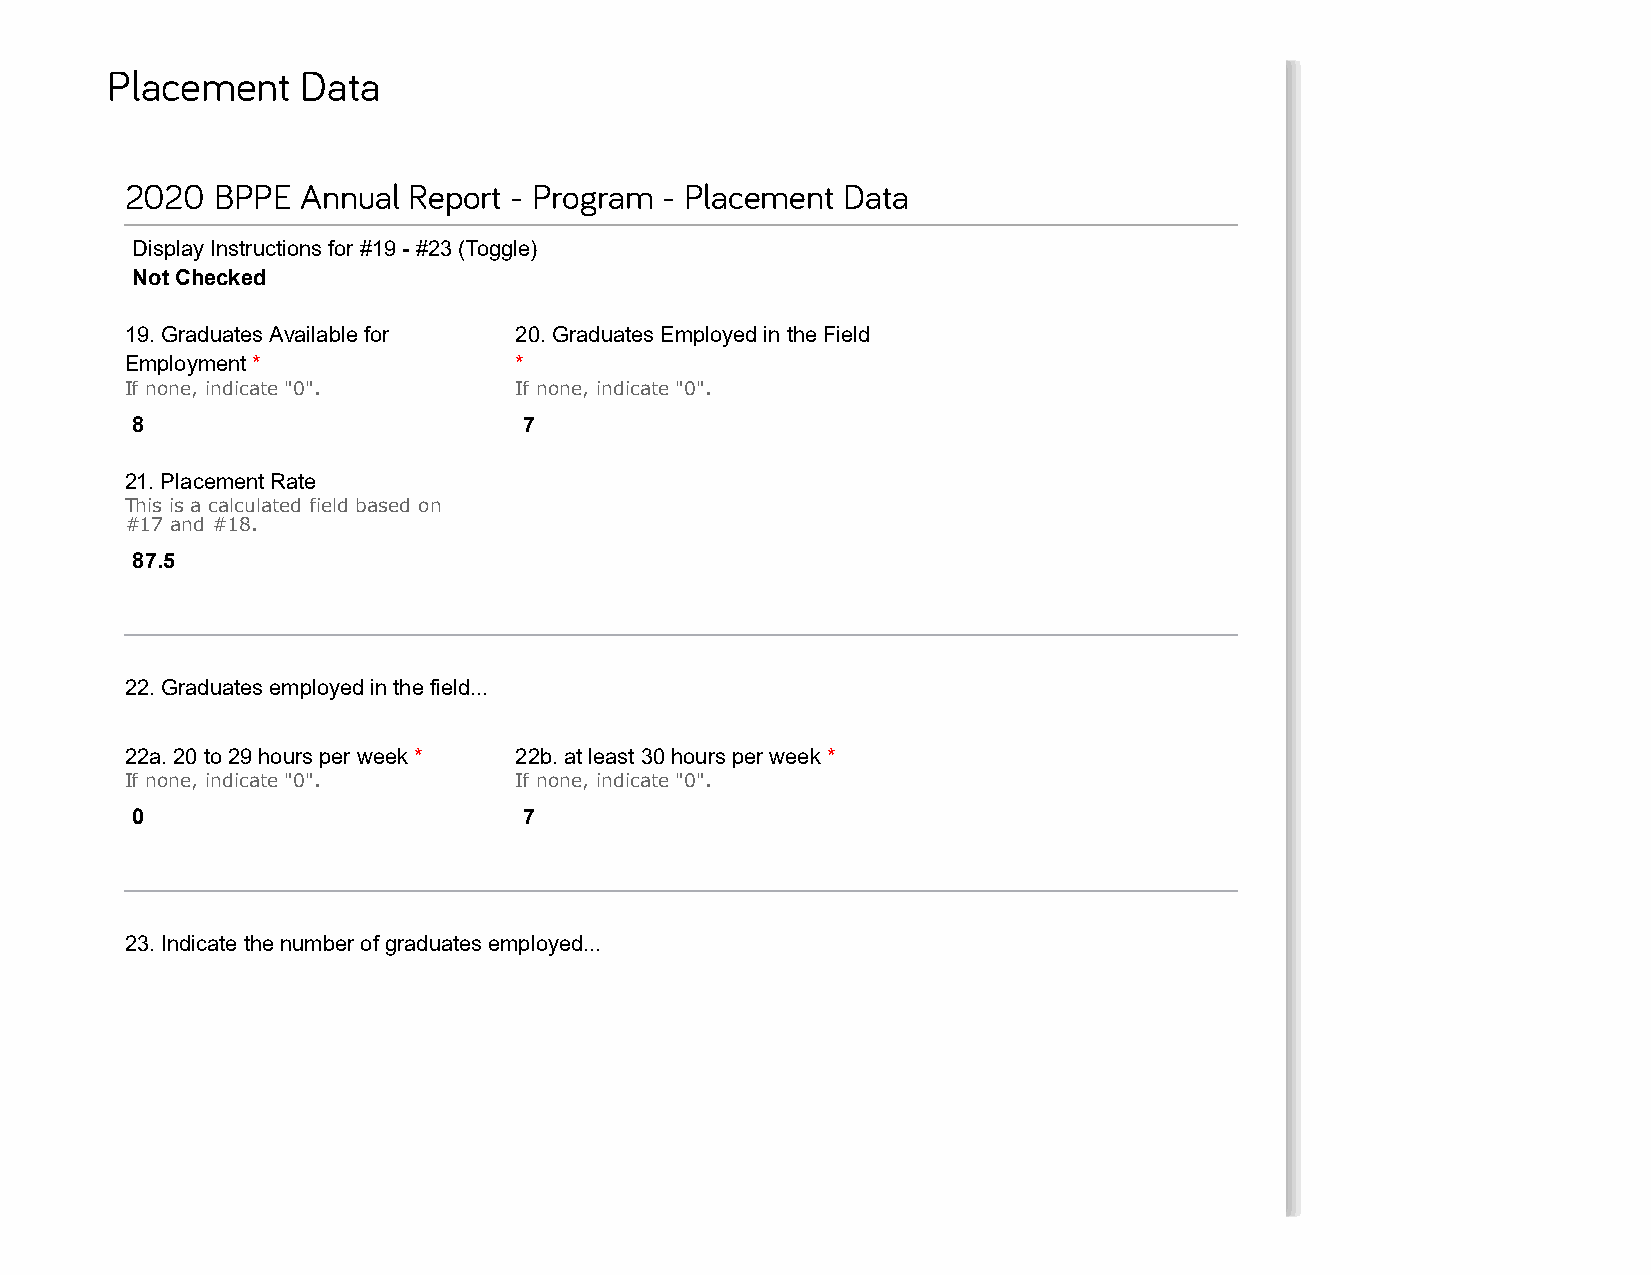
Placement    Data
 2020  BPPE  Annual Report - Program - Placement Data
 Display Instructions for #19 - #23 (Toggle)
 Not Checked
 19. Graduates Available for 20. Graduates Employed in the Field
 Employment *              *
 If none, indicate "0".    If none, indicate "0".
 8                         7
 21. Placement Rate
 This is a calculated field based on
 #17 and #18.
 87.5
 22. Graduates employed in the field...
 22a. 20 to 29 hours per week * 22b. at least 30 hours per week *
 If none, indicate "0".    If none, indicate "0".
 0                         7
 23. Indicate the number of graduates employed...